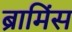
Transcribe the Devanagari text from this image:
ब्रामिंस